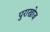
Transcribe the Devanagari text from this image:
पुराखोज